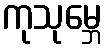
ကုသုမ္ဘေ